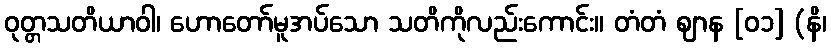
ဝုတ္တသတိယာဝါ၊ ဟောတော်မူအပ်သော သတိကိုလည်းကောင်း။ တံတံ ဈာန [၀၁] (နိ၊